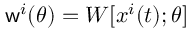
\mathsf { w } ^ { i } ( \theta ) = W [ { \boldsymbol { x } } ^ { i } ( t ) ; \theta ]